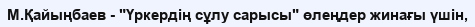
М.Қайыңбаев - "Үркердің сұлу сарысы" өлеңдер жинағы үшін,